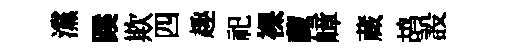
灙蹊欺四趣祀裸藏嶂蔵鸪設